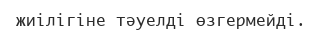
жиілігіне тәуелді өзгермейді.